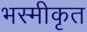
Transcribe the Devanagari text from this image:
भस्मीकृत